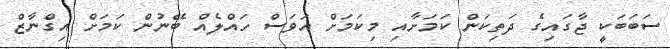
ސަބަބަކީ ޖާގައިގެ ދަތިކަން ކަމަށާއި މިކަމަށް އަވަސް ހައްލެއް ބޭނުން ކަމަށް އިގްނާޒް